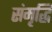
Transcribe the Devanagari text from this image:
संमृृद्धि